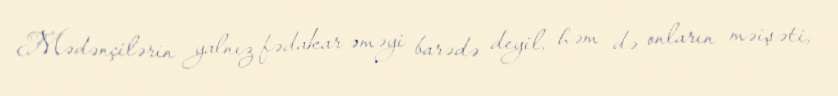
Mədənçilərin yalnız fədakar əməyi barədə deyil, həm də onların məişəti,